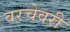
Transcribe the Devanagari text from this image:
वरचेवरी